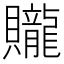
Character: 贚